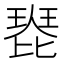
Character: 𤧰